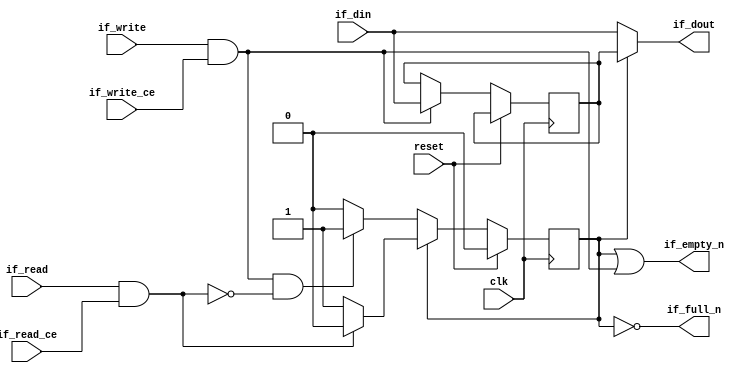
`default_nettype none

// first-word fall-through (FWFT) FIFO with latency=0 and depth=1
module fifo_fwd #(
  parameter MEM_STYLE  = "",  // ignored
  parameter DATA_WIDTH = 32,
  parameter ADDR_WIDTH = 0,   // ignored
  parameter DEPTH      = 1    // ignored
) (
  input wire clk,
  input wire reset,

  // write
  output wire                  if_full_n,
  input  wire                  if_write_ce,
  input  wire                  if_write,
  input  wire [DATA_WIDTH-1:0] if_din,

  // read
  output wire                  if_empty_n,
  input  wire                  if_read_ce,
  input  wire                  if_read,
  output wire [DATA_WIDTH-1:0] if_dout
);
  reg [DATA_WIDTH-1:0] mem;
  reg                  is_mem_valid;

  // If mem is valid, the FIFO is not empty and is full; if read, mem becomes
  // invalid. If mem is not valid, the FIFO is not empty if and only if written
  // and is not full; if written but not read, mem becomes valid.

  assign if_empty_n = is_mem_valid || (if_write && if_write_ce);
  assign if_full_n  = !is_mem_valid;
  assign if_dout    = is_mem_valid ? mem : if_din;

  always @(posedge clk) begin
    if (reset) begin
      is_mem_valid <= 1'b0;
    end else begin
      if (is_mem_valid) begin
        if (if_read && if_read_ce) begin
          is_mem_valid <= 1'b0;
        end
      end else begin
        if (if_write && if_write_ce && !(if_read && if_read_ce)) begin
          is_mem_valid <= 1'b1;
        end
      end

      if (if_write && if_write_ce) begin
        mem <= if_din;
      end
    end
  end

endmodule  // fifo_fwd

`default_nettype wire